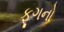
ફૂગનો